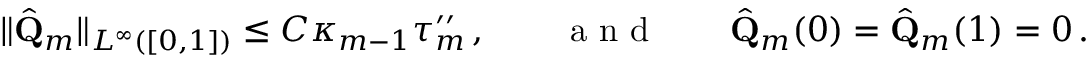
\| \hat { \mathbf { Q } } _ { m } \| _ { L ^ { \infty } ( [ 0 , 1 ] ) } \leq C \kappa _ { m - 1 } \tau _ { m } ^ { \prime \prime } \, , \qquad \mathrm { ~ a ~ n ~ d ~ } \qquad \hat { \mathbf { Q } } _ { m } ( 0 ) = \hat { \mathbf { Q } } _ { m } ( 1 ) = 0 \, .